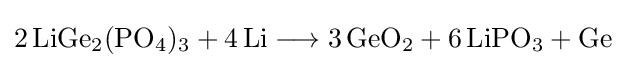
{2\,\mathrm {LiGe} {\vphantom {A}}_{\smash[{t}]{2}}(\mathrm {PO} {\vphantom {A}}_{\smash[{t}]{4}}){\vphantom {A}}_{\smash[{t}]{3}}{}+{}4\,\mathrm {Li} {}\mathrel {\longrightarrow } {}3\,\mathrm {GeO} {\vphantom {A}}_{\smash[{t}]{2}}{}+{}6\,\mathrm {LiPO} {\vphantom {A}}_{\smash[{t}]{3}}{}+{}\mathrm {Ge} }